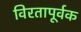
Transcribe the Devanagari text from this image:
विरतापूर्वक